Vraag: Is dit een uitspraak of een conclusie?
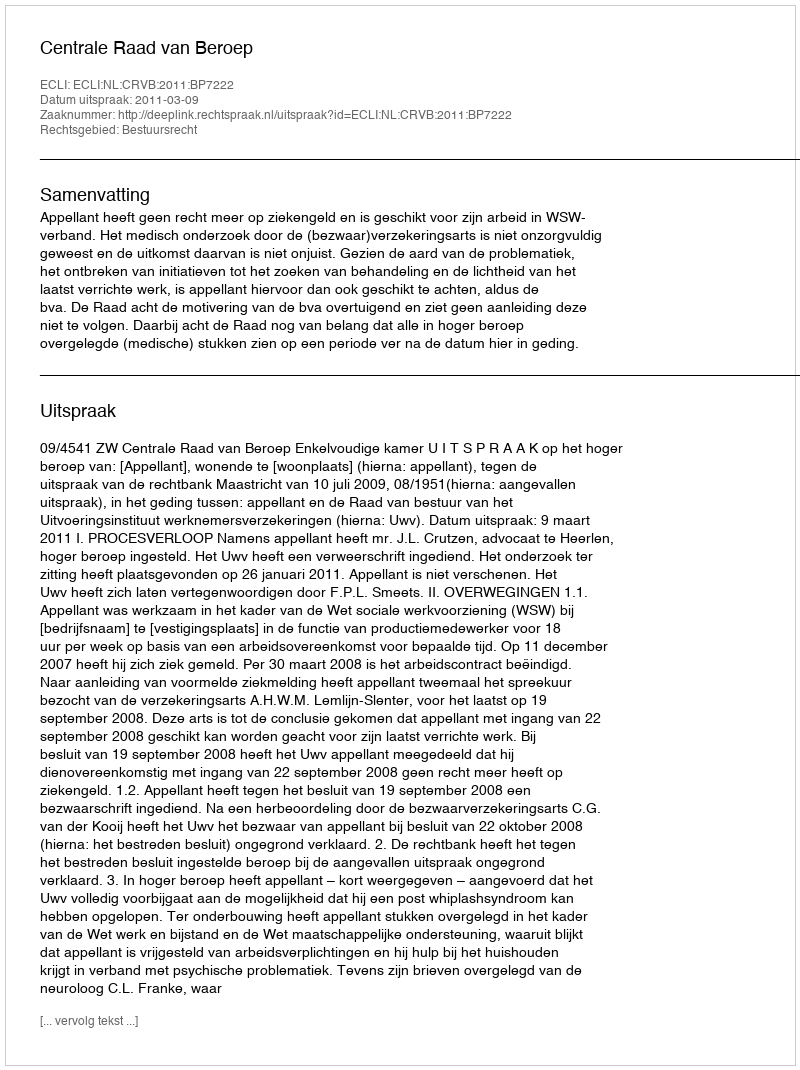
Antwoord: Uitspraak